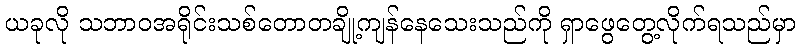
ယခုလို သဘာဝအရိုင်းသစ်တောတချို့ကျန်နေသေးသည်ကို ရှာဖွေတွေ့လိုက်ရသည်မှာ